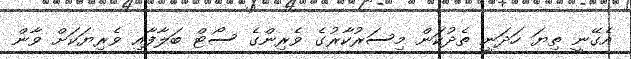
އެގޭނީ ތިޔަ ހަދަނީ ތެދުކަން މިސަރުކާރުގެ ވެރިންގެ ސޯޓް ބަލާފާއި ވެރިޔަކަށް ވާން